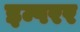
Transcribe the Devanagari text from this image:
इम्परर